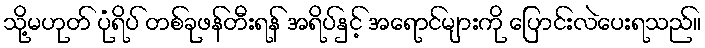
သို့မဟုတ် ပုံရိပ် တစ်ခုဖန်တီးရန် အရိပ်နှင့် အရောင်များကို ပြောင်းလဲပေးရသည်။